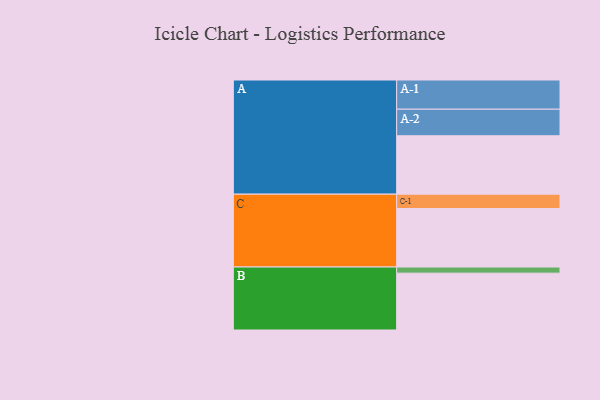
{"axis": {"x": "Segment", "y": "Value"}, "legend": ["", "A", "B", "C"], "data": [{"x": "A", "y": 486, "type": ""}, {"x": "B", "y": 473, "type": ""}, {"x": "C", "y": 487, "type": ""}, {"x": "A-1", "y": 243, "type": "A"}, {"x": "A-2", "y": 221, "type": "A"}, {"x": "B-1", "y": 51, "type": "B"}, {"x": "C-1", "y": 119, "type": "C"}]}